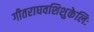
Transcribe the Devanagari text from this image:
गीतराघवशिशुकेलिः